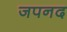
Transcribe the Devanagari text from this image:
जपनद